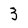
Character: 3